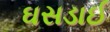
ઘસડાઈ